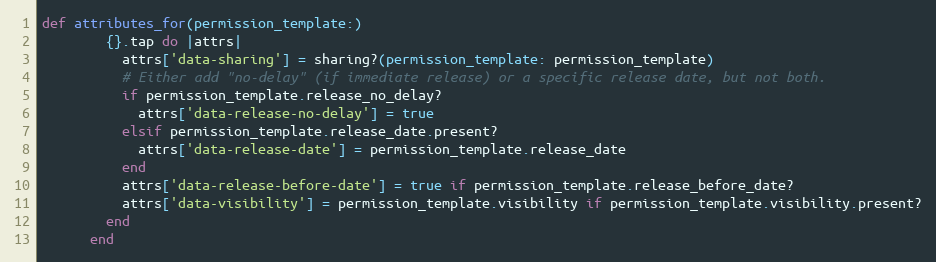
Language: Ruby
def attributes_for(permission_template:)
        {}.tap do |attrs|
          attrs['data-sharing'] = sharing?(permission_template: permission_template)
          # Either add "no-delay" (if immediate release) or a specific release date, but not both.
          if permission_template.release_no_delay?
            attrs['data-release-no-delay'] = true
          elsif permission_template.release_date.present?
            attrs['data-release-date'] = permission_template.release_date
          end
          attrs['data-release-before-date'] = true if permission_template.release_before_date?
          attrs['data-visibility'] = permission_template.visibility if permission_template.visibility.present?
        end
      end